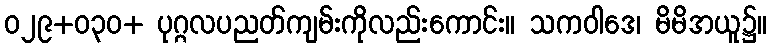
ဝ၂၉+ဝ၃၀+ ပုဂ္ဂလပညတ်ကျမ်းကိုလည်းကောင်း။ သကဝါဒေ၊ မိမိအယူ၌။